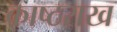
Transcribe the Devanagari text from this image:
काष्ठराख